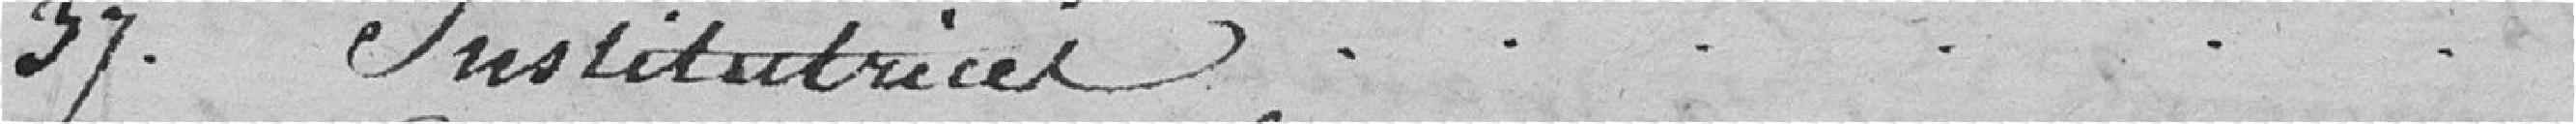
37. Institutrices